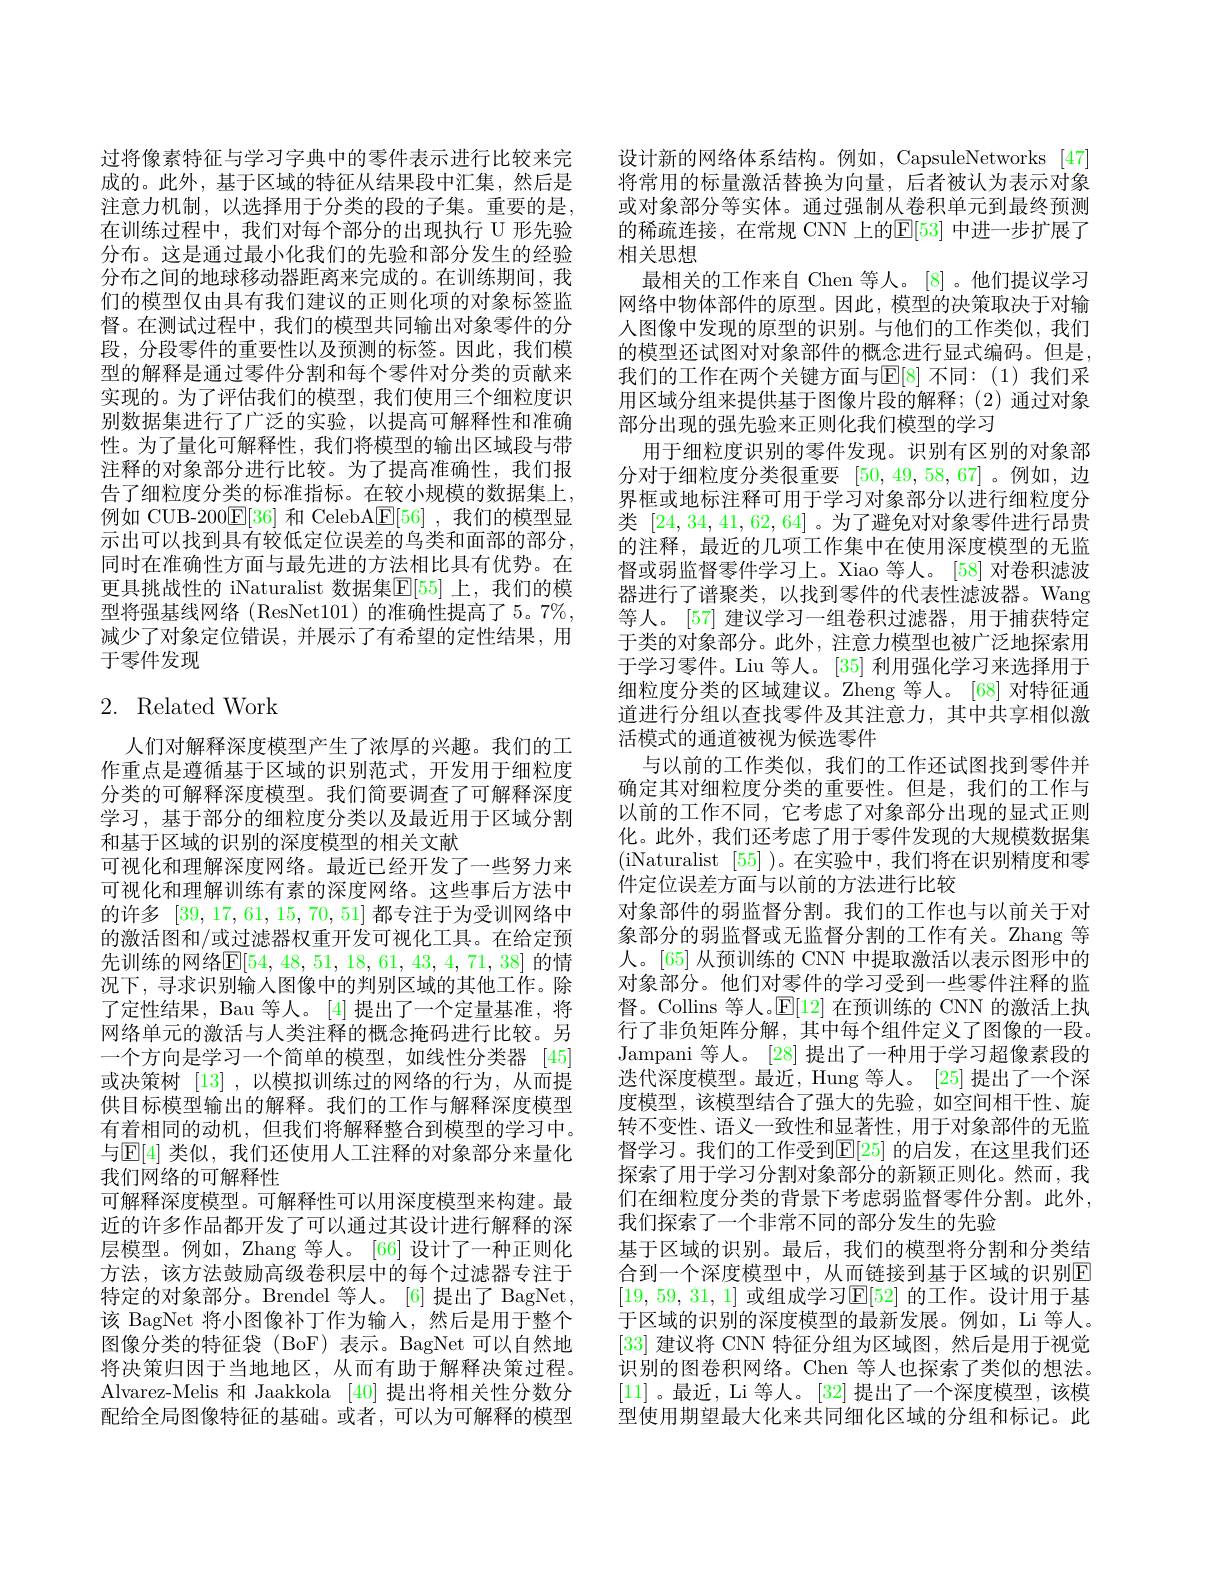
过将像素特征与学习字典中的零件表示进行比较来完成的。此外，基于区域的特征从结果段中汇集，然后是注意力机制，以选择用于分类的段的子集。重要的是， 在训练过程中，我们对每个部分的出现执行 U 形先验分布。这是通过最小化我们的先验和部分发生的经验分布之间的地球移动器距离来完成的。在训练期间，我们的模型仅由具有我们建议的正则化项的对象标签监督。在测试过程中，我们的模型共同输出对象零件的分段，分段零件的重要性以及预测的标签。因此，我们模型的解释是通过零件分割和每个零件对分类的贡献来实现的。为了评估我们的模型，我们使用三个细粒度识别数据集进行了广泛的实验，以提高可解释性和准确性。为了量化可解释性，我们将模型的输出区域段与带注释的对象部分进行比较。为了提高准确性，我们报告了细粒度分类的标准指标。在较小规模的数据集上， 例如 CUB-200$\underline{\mathrm{E}}[36]$和 CelebA$\underline{\mathrm{F}}[56]$ ,我们的模型显示出可以找到具有较低定位误差的鸟类和面部的部分， 同时在准确性方面与最先进的方法相比具有优势。在更具挑战性的 iNaturalist 数据集$\mathbb{E}[55]$ 上，我们的模型将强基线网络 (ResNet101) 的准确性提高了 5。7%, 减少了对象定位错误，并展示了有希望的定性结果，用于零件发现

# 2. Related Work

人们对解释深度模型产生了浓厚的兴趣。我们的工作重点是遵循基于区域的识别范式，开发用于细粒度分类的可解释深度模型。我们简要调查了可解释深度学习，基于部分的细粒度分类以及最近用于区域分割和基于区域的识别的深度模型的相关文献
可视化和理解深度网络。最近已经开发了一些努力来可视化和理解训练有素的深度网络。这些事后方法中的许多[39,17,61,15,70,51]都专注于为受训网络中的激活图和/或过滤器权重开发可视化工具。在给定预先训练的网络$\mathbb{E}[54,48,51,18,61,43,4,71,38]$ 的情况下，寻求识别输入图像中的判别区域的其他工作。除了定性结果，Bau 等人。[4]提出了一个定量基准，将网络单元的激活与人类注释的概念掩码进行比较。另一个方向是学习一个简单的模型，如线性分类器[45] 或决策树[13] ,以模拟训练过的网络的行为，从而提供目标模型输出的解释。我们的工作与解释深度模型有着相同的动机，但我们将解释整合到模型的学习中。与$\operatorname{E[4]}$ 类似，我们还使用人工注释的对象部分来量化我们网络的可解释性
可解释深度模型。可解释性可以用深度模型来构建。最近的许多作品都开发了可以通过其设计进行解释的深层模型。例如，Zhang 等人。[66] 设计了一种正则化方法，该方法鼓励高级卷积层中的每个过滤器专注于特定的对象部分。Brendel 等人。[6]提出了 BagNet, 该 BagNet 将小图像补丁作为输入，然后是用于整个图像分类的特征袋(BoF)表示。BagNet 可以自然地将决策归因于当地地区，从而有助于解释决策过程。Alvarez-Melis 和 Jaakkola [40]提出将相关性分数分配给全局图像特征的基础。或者，可以为可解释的模型

设计新的网络体系结构。例如，CapsuleNetworks [47] 将常用的标量激活替换为向量，后者被认为表示对象或对象部分等实体。通过强制从卷积单元到最终预测的稀疏连接，在常规 CNN 上的$\mathbb{E}[53]$ 中进一步扩展了相关思想
最相关的工作来自 Chen 等人。[8]。他们提议学习网络中物体部件的原型。因此，模型的决策取决于对输人图像中发现的原型的识别。与他们的工作类似，我们的模型还试图对对象部件的概念进行显式编码。但是， 我们的工作在两个关键方面与$\mathbb{E}[8]$ 不同：(1)我们采用区域分组来提供基于图像片段的解释；(2)通过对象部分出现的强先验来正则化我们模型的学习
用于细粒度识别的零件发现。识别有区别的对象部分对于细粒度分类很重要[50,49,58,67]。例如，边界框或地标注释可用于学习对象部分以进行细粒度分类[24,34,41,62,64] 。为了避免对对象零件进行昂贵的注释，最近的几项工作集中在使用深度模型的无监督或弱监督零件学习上。Xiao 等人。[58] 对卷积滤波器进行了谱聚类，以找到零件的代表性滤波器。Wang 等人。[57] 建议学习一组卷积过滤器，用于捕获特定于类的对象部分。此外，注意力模型也被广泛地探索用于学习零件。Liu 等人。[35] 利用强化学习来选择用于细粒度分类的区域建议。Zheng 等人。[68] 对特征通道进行分组以查找零件及其注意力，其中共享相似激活模式的通道被视为候选零件
与以前的工作类似，我们的工作还试图找到零件并确定其对细粒度分类的重要性。但是，我们的工作与以前的工作不同，它考虑了对象部分出现的显式正则化。此外，我们还考虑了用于零件发现的大规模数据集(iNaturalist [55] )。在实验中，我们将在识别精度和零件定位误差方面与以前的方法进行比较
对象部件的弱监督分割。我们的工作也与以前关于对象部分的弱监督或无监督分割的工作有关。Zhang 等人。[65] 从预训练的 CNN 中提取激活以表示图形中的对象部分。他们对零件的学习受到一些零件注释的监督。Collins 等人。$\mathbb{E}[12]$在预训练的 CNN 的激活上执行了非负矩阵分解，其中每个组件定义了图像的一段。Jampani 等人。[28] 提出了一种用于学习超像素段的迭代深度模型。最近，Hung 等人。[25]提出了一个深度模型，该模型结合了强大的先验，如空间相干性、旋转不变性、语义一致性和显著性，用于对象部件的无监督学习。我们的工作受到$\mathbb{E}[25]$ 的启发，在这里我们还探索了用于学习分割对象部分的新颖正则化。然而，我们在细粒度分类的背景下考虑弱监督零件分割。此外， 我们探索了一个非常不同的部分发生的先验
基于区域的识别。最后，我们的模型将分割和分类结合到一个深度模型中，从而链接到基于区域的识别$\overline{\mathrm{E}}$ [19,59,31,1] 或组成学习$\mathbb{E}[52]$ 的工作。设计用于基于区域的识别的深度模型的最新发展。例如，Li 等人。[33]建议将 CNN 特征分组为区域图，然后是用于视觉识别的图卷积网络。Chen 等人也探索了类似的想法。[11]。最近，Li 等人。[32]提出了一个深度模型，该模型使用期望最大化来共同细化区域的分组和标记。此